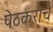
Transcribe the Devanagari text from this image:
पेठकरांचे